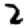
Digit: 2